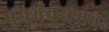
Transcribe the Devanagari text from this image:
पुनर्भवसंभवः